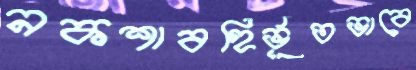
নকশাবহির্ভূতভাবে